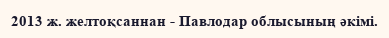
2013 ж. желтоқсаннан - Павлодар облысының әкімі.